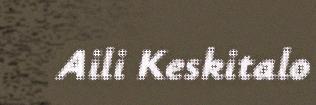
Aili Keskitalo